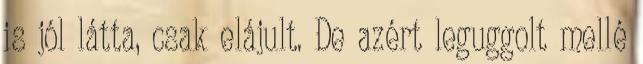
is jól látta, csak elájult. De azért leguggolt mellé